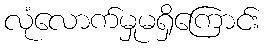
လုံလောက်မှုမရှိကြောင်း